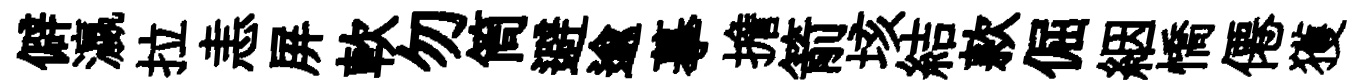
僻瀛拉恚屏軟勿筒避逾摹擔箭垓結款倔絪憍僊獲